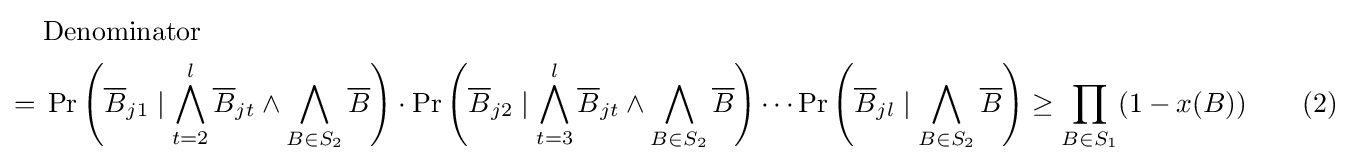
{\begin{aligned}&{\text{Denominator}}\\={}&\Pr \left({\overline {B}}_{j1}\mid \bigwedge _{t=2}^{l}{\overline {B}}_{jt}\wedge \bigwedge _{B\in S_{2}}{\overline {B}}\right)\cdot \Pr \left({\overline {B}}_{j2}\mid \bigwedge _{t=3}^{l}{\overline {B}}_{jt}\wedge \bigwedge _{B\in S_{2}}{\overline {B}}\right)\cdots \Pr \left({\overline {B}}_{jl}\mid \bigwedge _{B\in S_{2}}{\overline {B}}\right)\geq \prod _{B\in S_{1}}(1-x(B))\qquad (2)\end{aligned}}